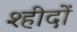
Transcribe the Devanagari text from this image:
श्हीदों